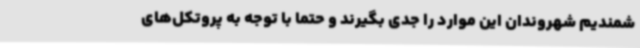
شمندیم شهروندان این موارد را جدی بگیرند و حتما با توجه به پروتکل‌های